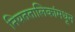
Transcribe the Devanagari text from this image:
नियततालिकांमधून